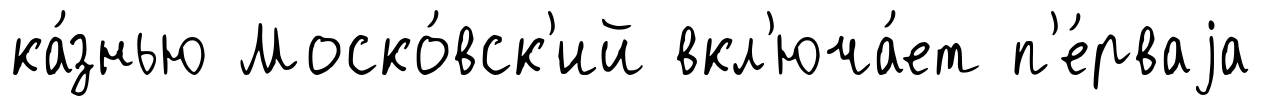
ка́знью Моско́вск'ий вкл'юча́ет п'е́рваjа